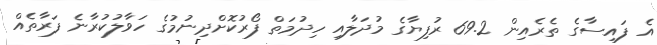
އެ ފައިސާގެ ތެރެއިން 69.2 ރުފިޔާގެ މުދަލާއި ހިދުމަތް ފޯރުކޮށްދިނުމުގެ ހަވާލުކުރާނެ ފަރާތެއް